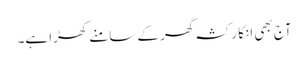
آج بھی انکا رکشہ گھر کے سامنے کھڑا ہے۔